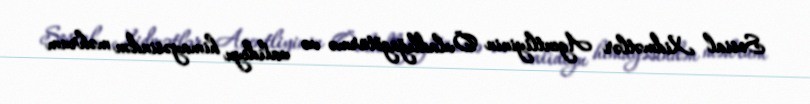
Sosial Xidmətlər Agentliyinin Övladlığagötürmə və valideyn himayəsindən məhrum